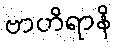
ဗာဟိရာနိ